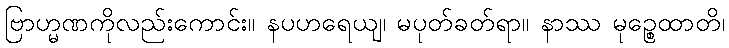
ဗြာဟ္မဏကိုလည်းကောင်း။ နပဟရေယျ၊ မပုတ်ခတ်ရာ။ နာဿ မုဉ္စေထာတိ၊